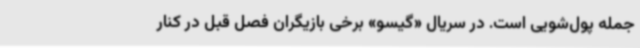
جمله پول‌شویی است. در سریال «گیسو» برخی بازیگران فصل قبل در کنار